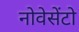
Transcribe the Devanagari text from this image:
नोवेसेंटो